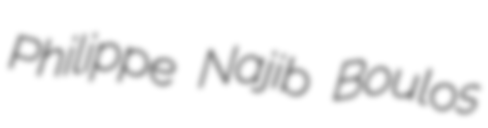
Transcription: Philippe Najib Boulos